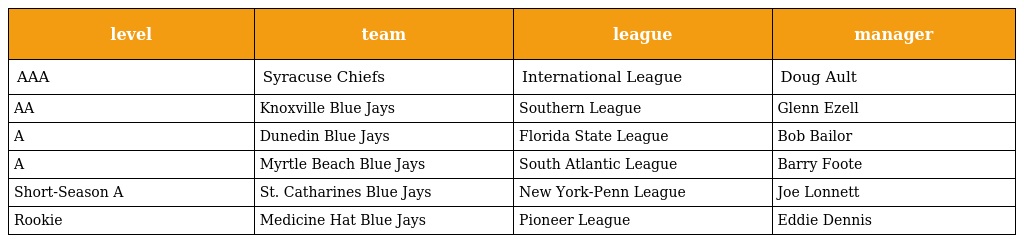
| level | team | league | manager |
 | --- | --- | --- | --- |
 | AAA | Syracuse Chiefs | International League | Doug Ault |
 | AA | Knoxville Blue Jays | Southern League | Glenn Ezell |
 | A | Dunedin Blue Jays | Florida State League | Bob Bailor |
 | A | Myrtle Beach Blue Jays | South Atlantic League | Barry Foote |
 | Short-Season A | St. Catharines Blue Jays | New York-Penn League | Joe Lonnett |
 | Rookie | Medicine Hat Blue Jays | Pioneer League | Eddie Dennis |